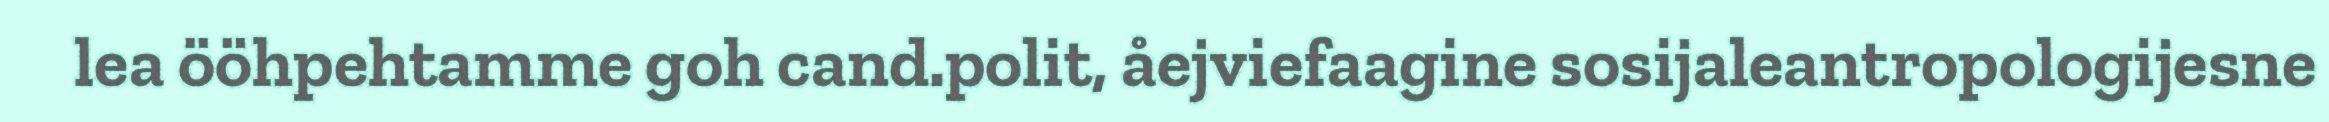
lea ööhpehtamme goh cand.polit, åejviefaagine sosijaleantropologijesne